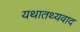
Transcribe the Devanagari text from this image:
यथातथ्यवाद